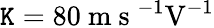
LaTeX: \mathtt{K}=80\mathrm{{~m~s~}}^{-1}\mathrm{{V}}^{-1}